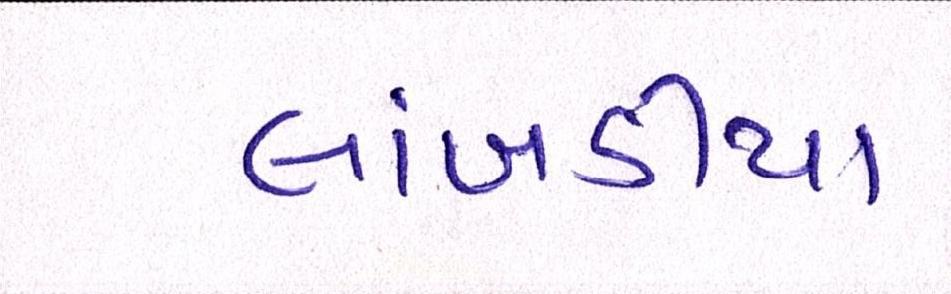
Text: લાંબડીયા